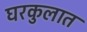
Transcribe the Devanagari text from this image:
घरकुलात